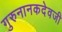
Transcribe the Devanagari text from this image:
गुरुनानकदेवजी